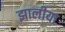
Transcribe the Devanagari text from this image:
झालीया